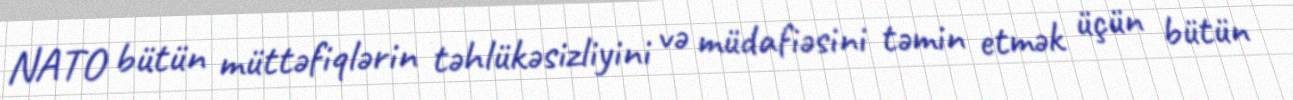
NATO bütün müttəfiqlərin təhlükəsizliyini və müdafiəsini təmin etmək üçün bütün